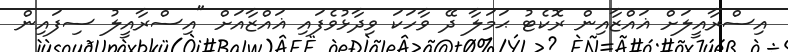
އިސްރާއީލަށް ޣައްޒާއިން ރޮކެޓު ޙަމަލާ ދޭ ވާހަކަ ވިދާޅުވެފައި ޣައްޒާއަށް "އިސްރާއީލު ސިފައިން